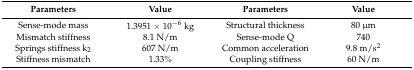
<table><thead><tr><td><b>Parameters</b></td><td><b>Value</b></td><td><b>Parameters</b></td><td><b>Value</b></td></tr></thead><tbody><tr><td>Sense-mode mass</td><td>1.3951 × 10<sup>−6</sup> kg</td><td>Structural thickness</td><td>80 μm</td></tr><tr><td>Mismatch stiffness</td><td>8.1 N/m</td><td>Sense-mode Q</td><td>740</td></tr><tr><td>Springs stiffness k<sub>2</sub></td><td>607 N/m</td><td>Common acceleration</td><td>9.8 m/s<sup>2</sup></td></tr><tr><td>Stiffness mismatch</td><td>1.33%</td><td>Coupling stiffness</td><td>60 N/m</td></tr></tbody></table>